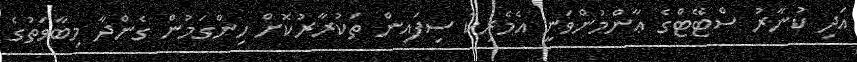
އަދި ކުނާރު ސްޓޭޓްގެ ޢާންމުންވަނީ އެމެރިކާ ސިފައިން ތަކުރާރުކޮށް ހިންގަމުން ގެންދާ މިބާވަތުގެ